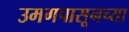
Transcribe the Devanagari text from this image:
उमगपासूनच्या